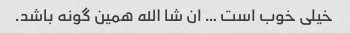
خیلی خوب است … ان شا الله همین گونه باشد.